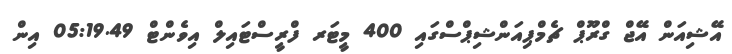
އޭޝިއަން އޭޖް ގްރޫޕް ޗެމްޕިއަންޝިޕްސްގައި 400 މީޓަރ ފްރީސްޓައިލް އިވެންޓް 05:19.49 އިން